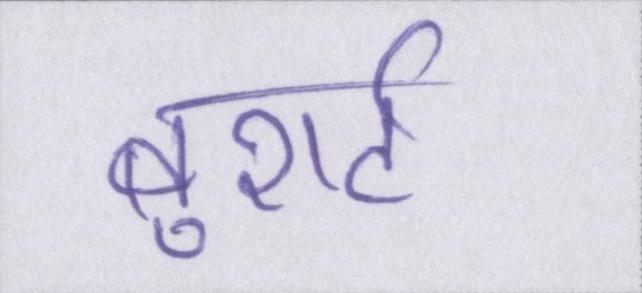
बुशर्ट